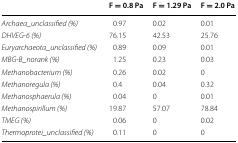
<table><thead><tr><td></td><td><b>F = 0.8 Pa</b></td><td><b>F = 1.29 Pa</b></td><td><b>F = 2.0 Pa</b></td></tr></thead><tbody><tr><td><i>Archaea_unclassified (%)</i></td><td>0.97</td><td>0.02</td><td>0.01</td></tr><tr><td><i>DHVEG</i>-<i>6 (%)</i></td><td>76.15</td><td>42.53</td><td>25.76</td></tr><tr><td><i>Euryarchaeota_unclassified (%)</i></td><td>0.89</td><td>0.09</td><td>0.01</td></tr><tr><td><i>MBG</i>-<i>B_norank (%)</i></td><td>1.25</td><td>0.23</td><td>0.03</td></tr><tr><td><i>Methanobacterium (%)</i></td><td>0.26</td><td>0.02</td><td>0</td></tr><tr><td><i>Methanoregula (%)</i></td><td>0.4</td><td>0.04</td><td>0.32</td></tr><tr><td><i>Methanosphaerula (%)</i></td><td>0.04</td><td>0</td><td>0.01</td></tr><tr><td><i>Methanospirillum (%)</i></td><td>19.87</td><td>57.07</td><td>78.84</td></tr><tr><td><i>TMEG (%)</i></td><td>0.06</td><td>0</td><td>0.02</td></tr><tr><td><i>Thermoprotei_unclassified (%)</i></td><td>0.11</td><td>0</td><td>0</td></tr></tbody></table>